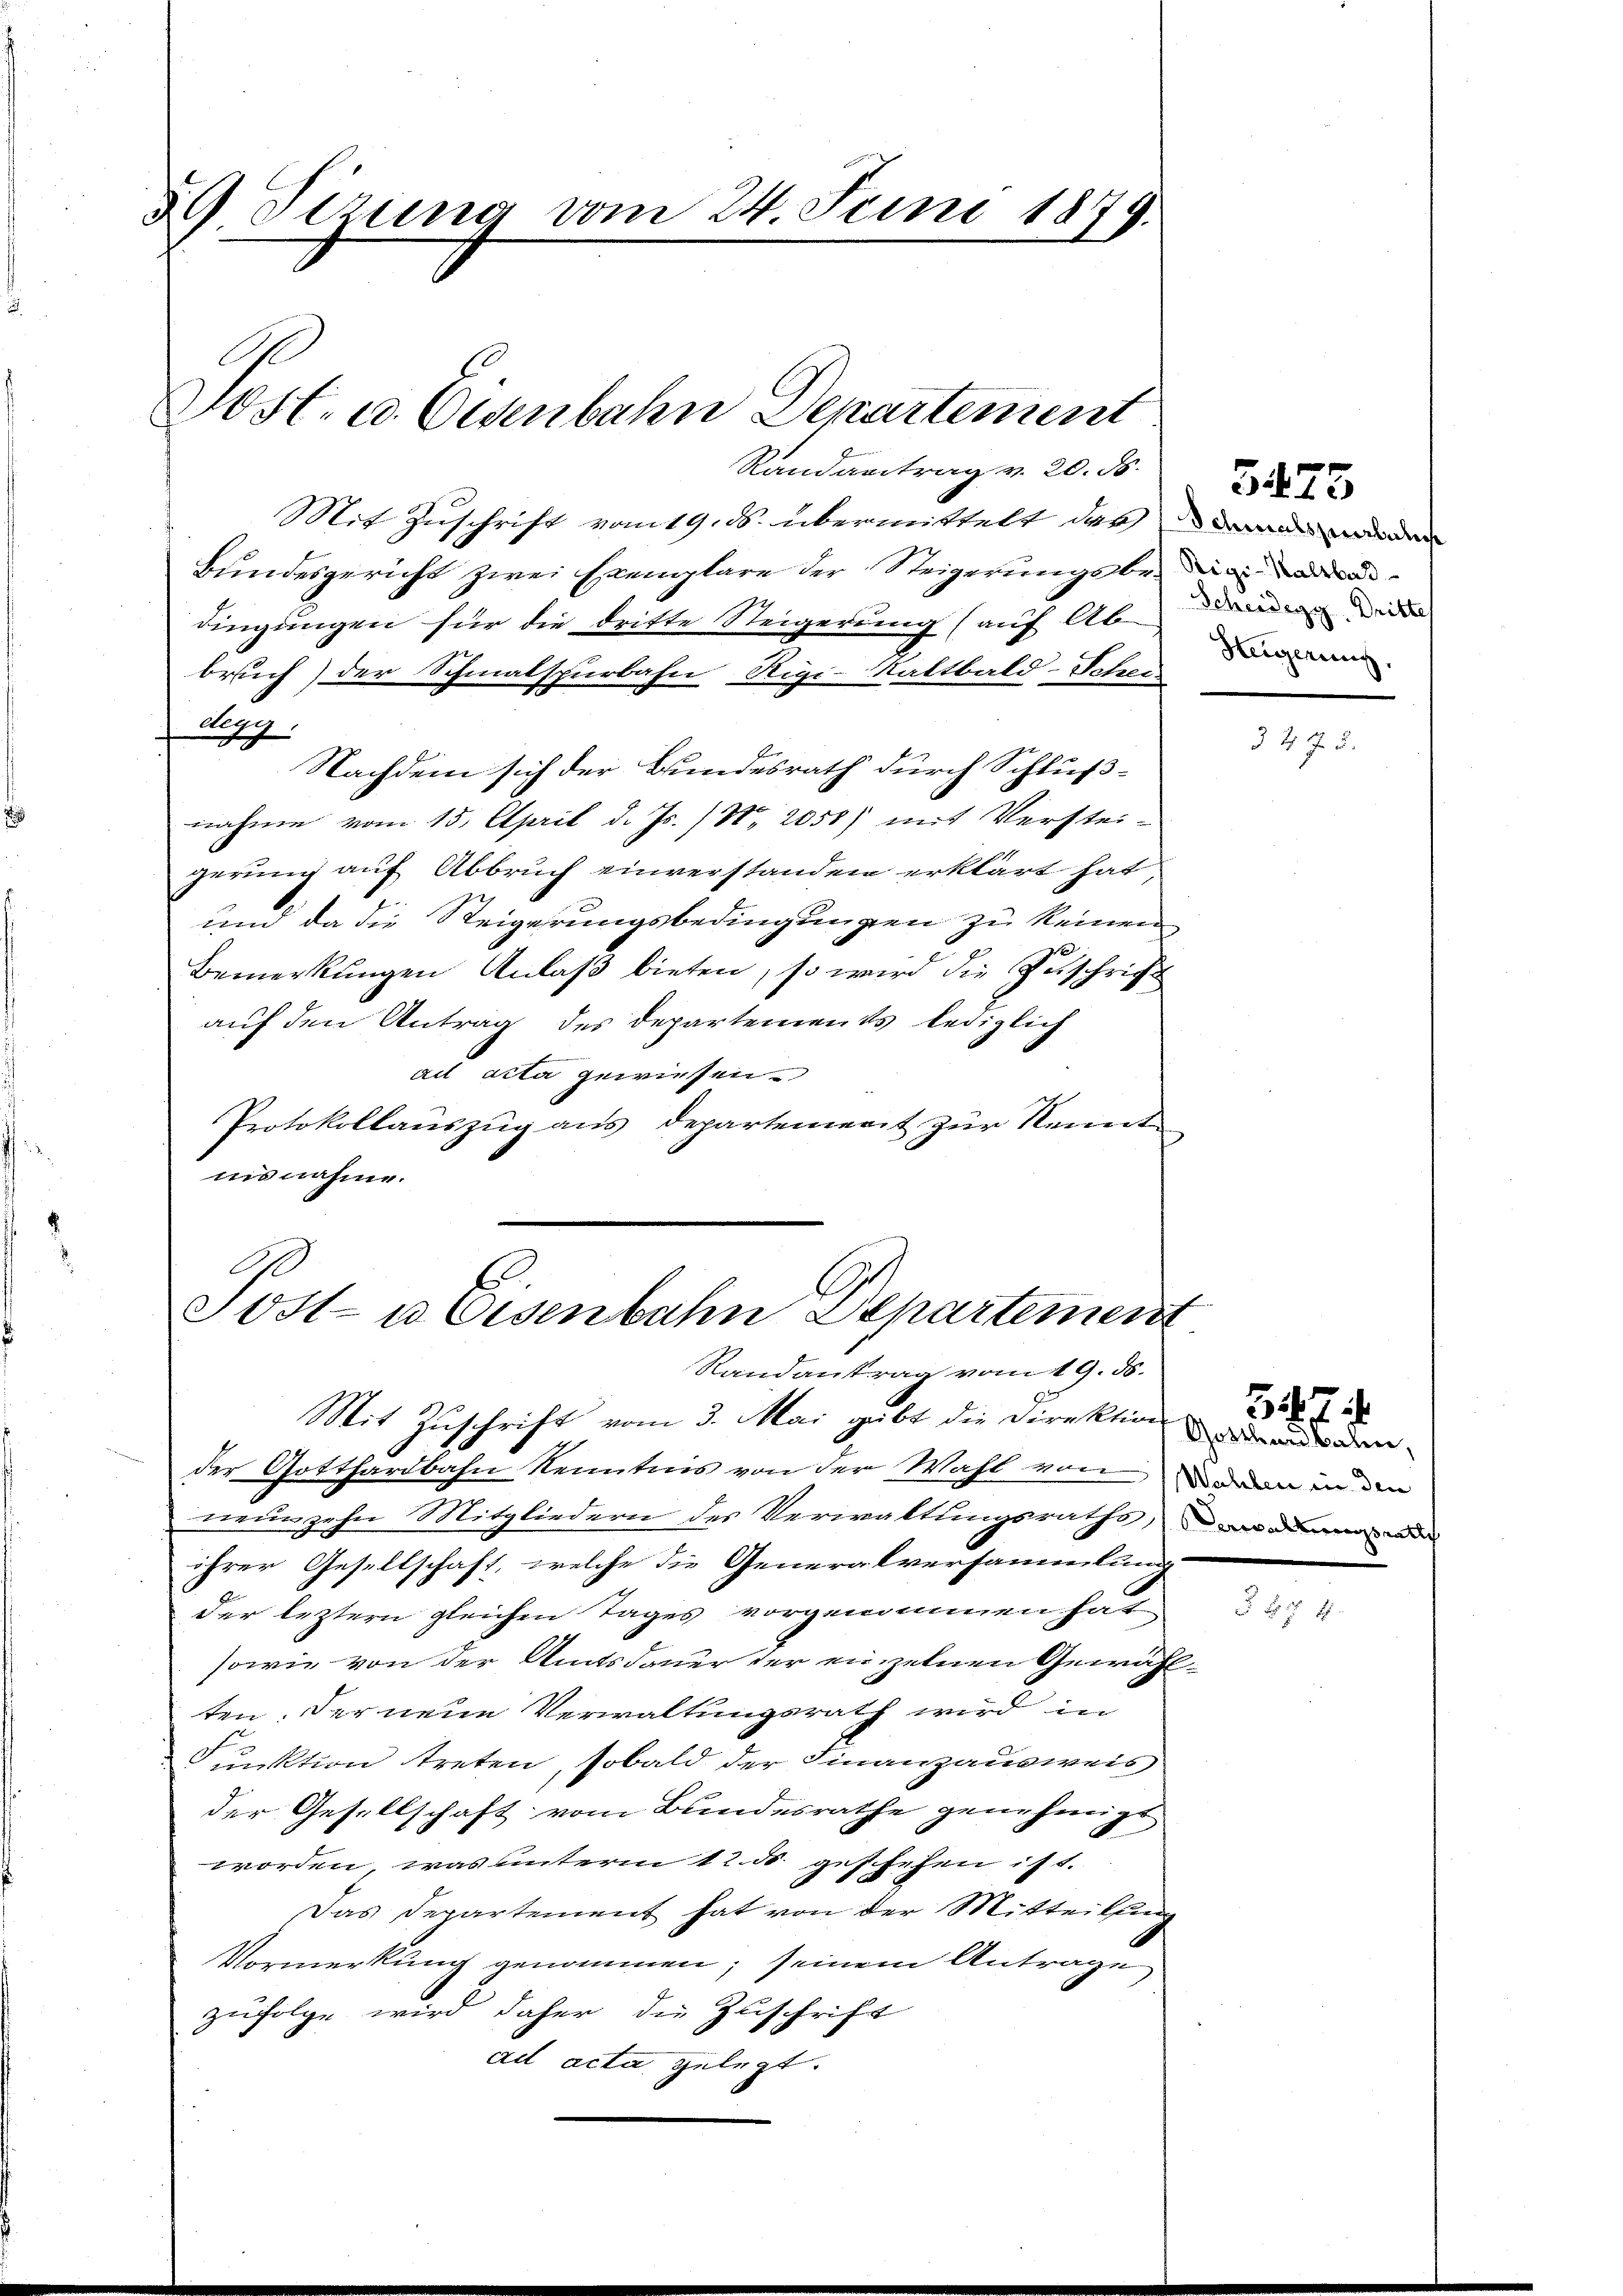
59. Sizung vom 24. Juni 1879.
Post. u. Osenbahn Departement
Randantrag v. 20. ds.

Mit Zuschrift vom 19. ds. übermittelt der dann werden
Bundesgericht zwei Exemplare der Steigerungsbe- und
dingungen für die dritte Steigerung (auf Ab-
bruch) der Schmalspurbahn Rigi-Stattbald-Schrei
degy.
Nachdem sich der Bundesrath durch Schlußnahme vom 15. April d. Js. / No. 2050) mit Verstei-
gerung auf Abbruch einverstanden erklärt hat
und da die Steigerungsbedingungen zu keinen
Bemerkungen Anlaß bieten, so wird die Zuschrift
auf den Antrag des Departements lediglich
ad acta gewiesen.
Protokollauszug aus Departement zur Kennt
insnahme.

Post- u Eisenbahn Departemein
Randantrag vom 19. ds.

Mit Zuschrift vom 3. Mai gibt die Direktion werden
der Gotthardbahn Kenntnis von der Wahl von dem in den
neunzehn Mitgliedern des Verwaltungsraths, den wir
ihrer Gesellschaft, welche die Generalversammlung
der leztern gleichen Tages vorgenommen hat.
sowie von der Amtsdauer der einzelnen Gewählten. Ferneue Verwaltungsrath wird in
Funktion treten, sobald der Finanzausweis
der Gesellschaft vom Bundesrathe genehmigt
worden, was unterm 12. ds. geschehen ist.
Das Departement hat von der Mitteilung
Vormerkung genommen; seinem Antrage
zufolge wird daher die Zuschrift
ad acta gelegt.

Scheidegg. Drittel
Heigerung,

3475.

547

5475